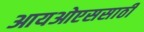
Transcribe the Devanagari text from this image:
आयओएससाठी